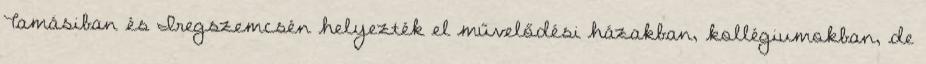
Tamásiban és Iregszemcsén helyezték el művelődési házakban, kollégiumokban, de